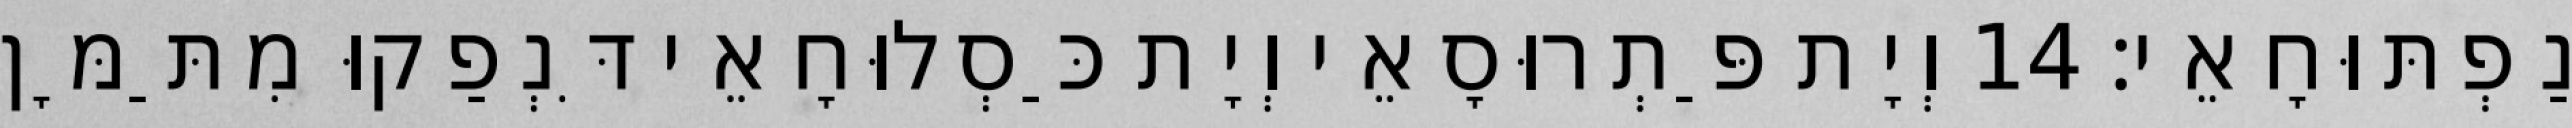
נַפְתּוּחָאֵי׃ 14 וְיָת פַּתְרוּסָאֵי וְיָת כַּסְלוּחָאֵי דִּנְפַקוּ מִתַּמָּן